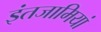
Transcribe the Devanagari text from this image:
इंतजामियां